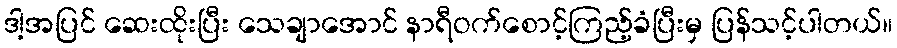
ဒါ့အပြင် ဆေးထိုးပြီး သေချာအောင် နာရီဝက်စောင့်ကြည့်ခံပြီးမှ ပြန်သင့်ပါတယ်။